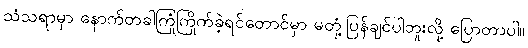
သံသရာမှာ နောက်တခါကြုံကြိုက်ခဲ့ရင်တောင်မှာ မတုံ့ပြန်ချင်ပါဘူးလို့ ပြောတာပါ။